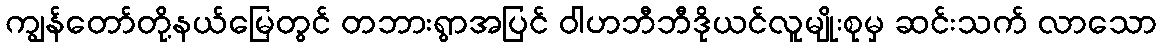
ကျွန်တော်တို့နယ်မြေတွင် တဘားရွာအပြင် ဝါဟဘီဘီဒိုယင်လူမျိုးစုမှ ဆင်းသက် လာသော